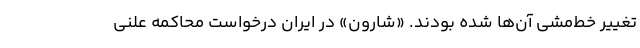
تغییر خط‌مشی آن‌ها شده‌ بودند. «شارون» در ایران درخواست محاکمه علنی